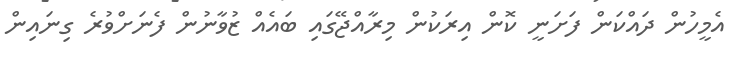
އެމީހުން ދައްކަން ފަށަނީ ކޮން އިރަކުން މިރާއްޖޭގައި ބައެއް ޒުވާނުން ފެނަށްވުރެ ގިނައިން